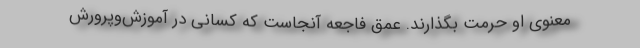
معنوی او حرمت بگذارند. عمق فاجعه آنجاست که کسانی در آموزش‌وپرورش‌